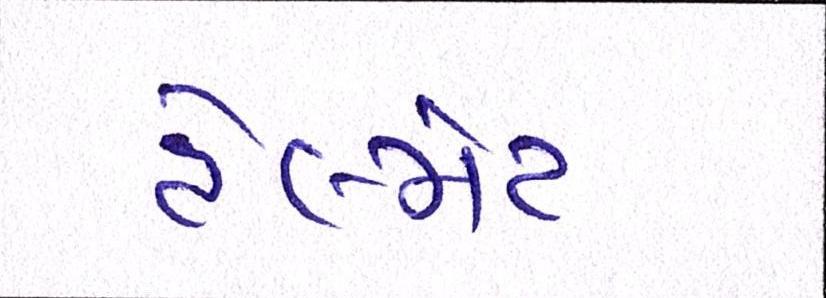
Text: હેલ્મેટ